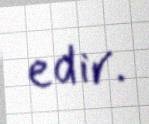
edir.